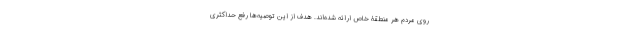
روی مردم هر منطقۀ خاص ارائه شده‌اند. هدف از این توصیه‌ها رفع حداکثریِ